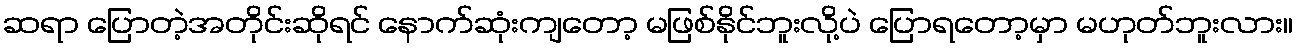
ဆရာ ပြောတဲ့အတိုင်းဆိုရင် နောက်ဆုံးကျတော့ မဖြစ်နိုင်ဘူးလို့ပဲ ပြောရတော့မှာ မဟုတ်ဘူးလား။